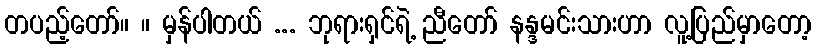
တပည့်တော်။ ။ မှန်ပါတယ် ... ဘုရားရှင်ရဲ့ ညီတော် နန္ဒမင်းသားဟာ လူ့ပြည်မှာတော့